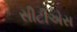
સીટીએસ